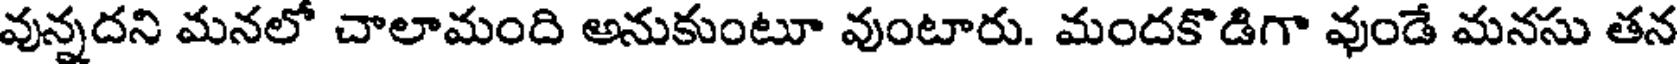
వున్నదని మనలో చాలామంది అనుకుంటూ వుంటారు. మందకొడిగా వుండే మనసు తన